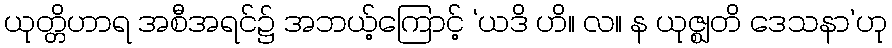
ယုတ္တိဟာရ အစီအရင်၌ အဘယ့်ကြောင့် ‘ယဒိ ဟိ။ လ။ န ယုဇ္ဈတိ ဒေသနာ’ဟု